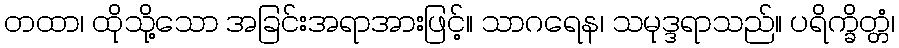
တထာ၊ ထိုသို့သော အခြင်းအရာအားဖြင့်။ သာဂရေန၊ သမုဒ္ဒရာသည်။ ပရိက္ခိတ္တံ၊